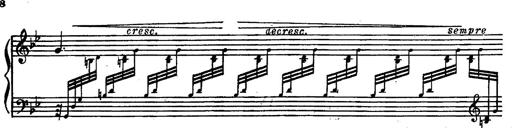
Title: Magyar rapszÃ³diÃ¡k
Composer: Franz Liszt